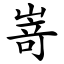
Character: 嵜